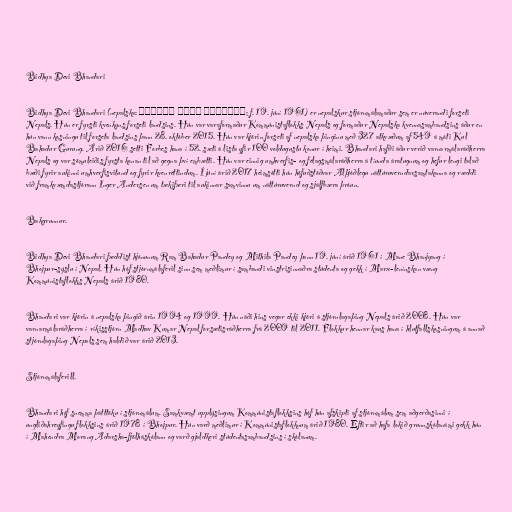
Bidhya Devi Bhandari

Bidhya Devi Bhandari (nepalska: विद्या देवी भण्डारी; f. 19. júní 1961) er nepalskur stjórnmálamaður sem er núverandi forseti
Nepals. Hún er fyrsti kvenkyns forseti landsins. Hún var varaformaður Kommúnistaflokks Nepals og formaður Nepalska kvennasambandsins áður en
hún vann kosningu til forseta landsins þann 28. október 2015. Hún var kjörin forseti af nepalska þinginu með 327 atkvæðum af 549 á móti Kul
Bahadur Gurung. Árið 2016 setti Forbes hana í 52. sæti á lista yfir 100 voldugustu konur í heimi. Bhandari hafði áður verið varnarmálaráðherra
Nepals og var sömuleiðis fyrsta konan til að gegna því embætti. Hún var einnig umhverfis- og félagsmálaráðherra á tíunda áratugnum og hefur lengi talað
bæði fyrir aukinni umhverfisvitund og fyrir kvenréttindum. Í júní árið 2017 heimsótti hún höfuðstöðvar Alþjóðlegu náttúruverndarsamtakanna og ræddi
við framkvæmdastjórann Inger Andersen um tækifæri til aukinnar samvinnu um náttúruvernd og sjálfbæra þróun.

Bakgrunnur.

Bidhya Devi Bhandari fæddist hjónunum Ram Bahadur Pandey og Mithila Pandey þann 19. júní árið 1961 í Mane Bhanjyang í
Bhojpur-sýslu í Nepal. Hún hóf stjórnmálaferil sinn sem meðlimur í sambandi vinstrisinnaðra stúdenta og gekk í Marx-lenínskan væng
Kommúnistaflokks Nepals árið 1980.

Bhandari var kjörin á nepalska þingið árin 1994 og 1999. Hún náði hins vegar ekki kjöri á stjórnlagaþing Nepals árið 2008. Hún var
varnarmálaráðherra í ríkisstjórn Madhav Kumar Nepal forsætisráðherra frá 2009 til 2011. Flokkur hennar kaus hana í hlutfallskosningum á annað
stjórnlagaþing Nepals sem haldið var árið 2013.

Stjórnmálaferill.

Bhandari hóf snemma þátttöku í stjórnmálum. Samkvæmt upplýsingum Kommúnistaflokksins hóf hún afskipti af stjórnmálum sem aðgerðasinni í
ungliðahreyfingu flokksins árið 1978 í Bhojpur. Hún varð meðlimur í Kommúnistaflokknum árið 1980. Eftir að hafa lokið grunnskólanámi gekk hún
í Mahendra Morang Adarsha-fjölháskólann og varð gjaldkeri stúdentasambandsins í skólanum.